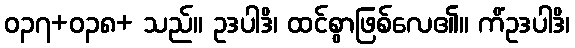
ဝ၃၇+ဝ၃၈+ သည်။ ဥဒပါဒိ၊ ထင်စွာဖြစ်လေ၏။ ကိံဥဒပါဒိ၊